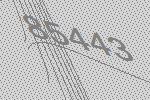
85443